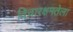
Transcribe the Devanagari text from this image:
विचारक्षमतेला